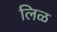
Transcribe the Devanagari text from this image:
लिळ